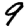
Digit: 9